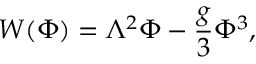
W ( \Phi ) = \Lambda ^ { 2 } \Phi - \frac { g } { 3 } \Phi ^ { 3 } ,